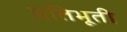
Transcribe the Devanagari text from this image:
प्रतिभूती